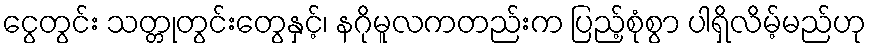
ငွေတွင်း သတ္တုတွင်းတွေနှင့်၊ နဂိုမူလကတည်းက ပြည့်စုံစွာ ပါရှိလိမ့်မည်ဟု